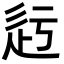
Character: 𨑛